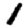
Digit: 1